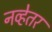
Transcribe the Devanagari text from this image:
नव्हेतर